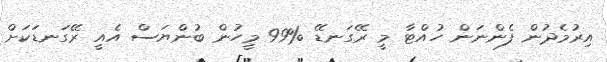
އިރުމެދުން ފެންނަން ހުއްޓާ މީ ރޭގަނޑޭ %99 މީހުން ބުންޔަސް އެއީ ރޭގަނޑަކަށް